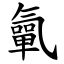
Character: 㲷